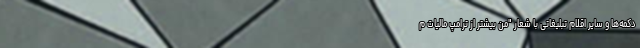
دکمه‌ها و سایر اقلام تبلیغاتی با شعار "من بیشتر از ترامپ مالیات م